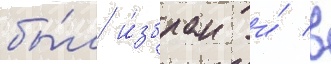
бы́л и́збран и́ в